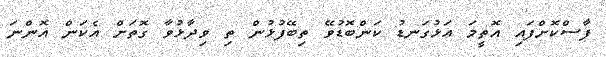
ފާސްކޮށްފައި އޮތީމަ އަޅުގަނޑު ކަންބޮޑުވޭ ތިބޭފުޅުން ތި ވިދާޅުވާ ގޮތަށް އެކަން އޮންނަ